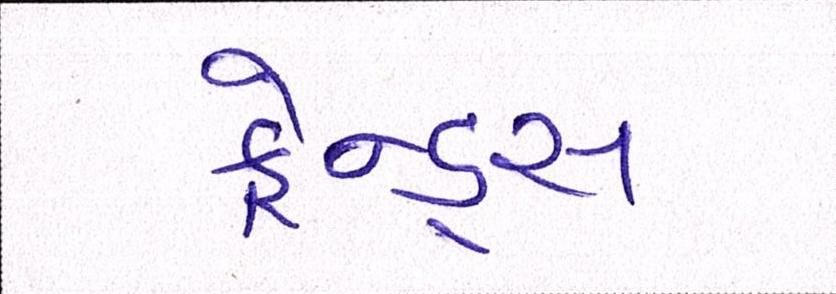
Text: ફ્રેન્ડ્સ